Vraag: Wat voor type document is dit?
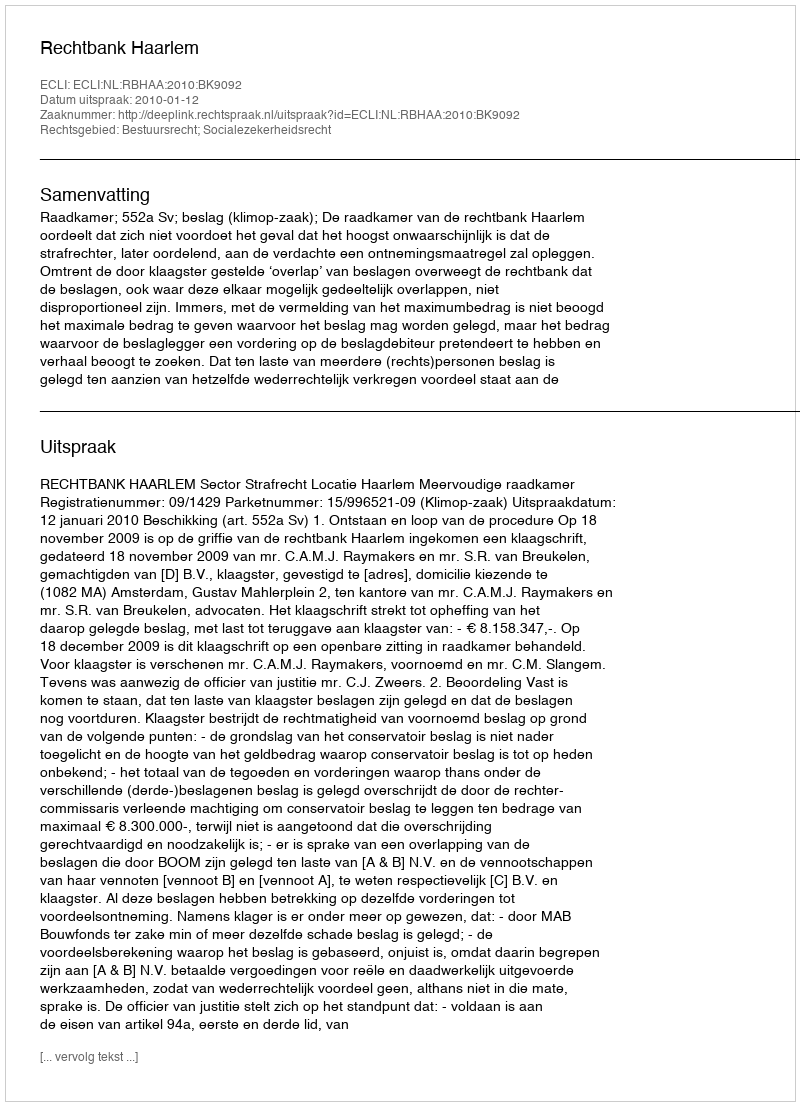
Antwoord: Uitspraak